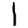
Digit: 1